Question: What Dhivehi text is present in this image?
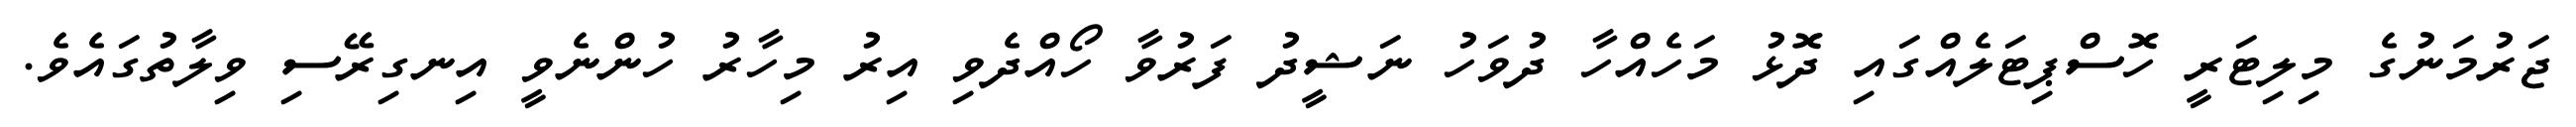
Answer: ޖަރުމަނުގެ މިލިޓަރީ ހޮސްޕިޓަލެއްގައި ދޮޅު މަހެއްހާ ދުވަހު ނަޝީދު ފަރުވާ ހޯއްދެވި އިރު މިހާރު ހުންނެވީ އިނގިރޭސި ވިލާތުގައެވެ.